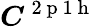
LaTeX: \boldsymbol{C}^{\mathrm{~2~p~1~h~}}